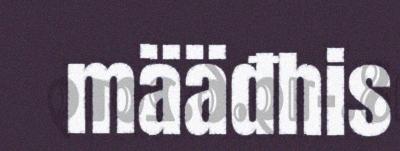
määđhis